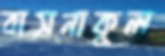
বাসনাকুল